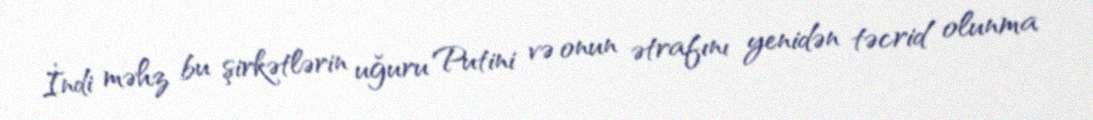
İndi məhz bu şirkətlərin uğuru Putini və onun ətrafını yenidən təcrid olunma